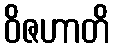
ဝိဇဟာတိ